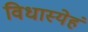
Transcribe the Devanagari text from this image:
विधास्येहं